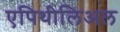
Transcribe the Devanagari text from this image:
एपिथीलिअल